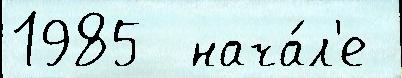
1985  нача́л'е